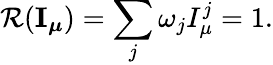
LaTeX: \mathcal{R}({\mathbf{I}_{\boldsymbol\mu}})=\sum_{j}\omega_{j}I_{\mu}^{j}=1.